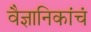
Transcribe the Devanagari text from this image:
वैज्ञानिकांचं